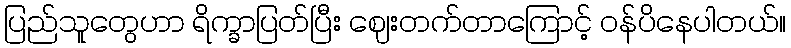
ပြည်သူတွေဟာ ရိက္ခာပြတ်ပြီး ဈေးတက်တာကြောင့် ဝန်ပိနေပါတယ်။